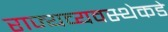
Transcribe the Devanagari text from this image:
राज्यव्यवस्थेकडे